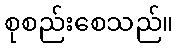
စုစည်းစေသည်။